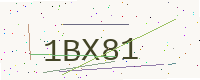
Text: 1BX81